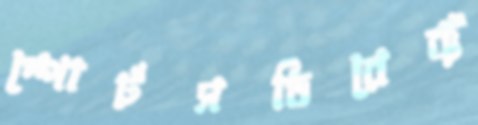
স্পোর্টসডিরেক্ট